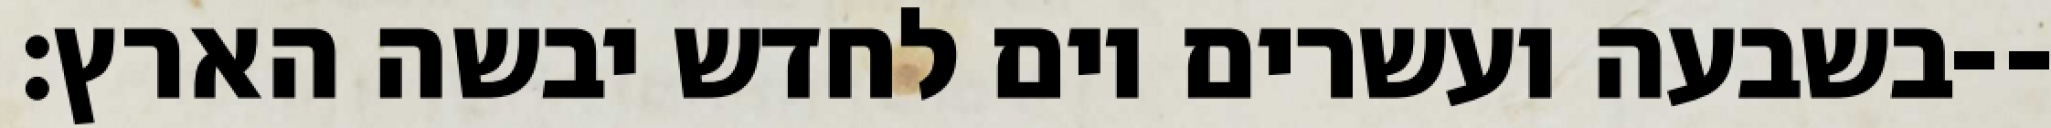
בשבעה ועשרים יום לחדש יבשה הארץ׃--